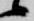
候